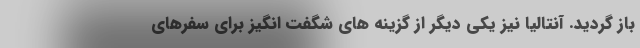
باز گردید. آنتالیا نیز یکی دیگر از گزینه های شگفت انگیز برای سفرهای